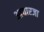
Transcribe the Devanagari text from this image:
आचारजा